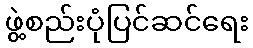
ဖွဲ့စည်းပုံပြင်ဆင်ရေး